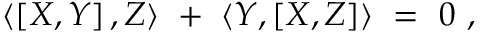
\langle \left[ X , Y \right] , Z \rangle \ + \ \langle Y , \left[ X , Z \right] \rangle \ = \ 0 \ ,